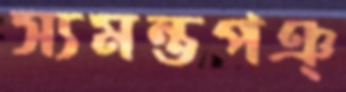
স্যমন্তপঞ্